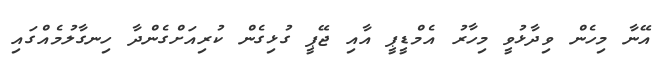
އޭނާ މިހެން ވިދާޅުވީ މިހާރު އެމްޑީޕީ އާއި ޖޭޕީ ގުޅިގެން ކުރިއަށްގެންދާ ހިނގާލުމެއްގައި